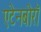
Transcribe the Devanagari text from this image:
एटेनबोरॉ